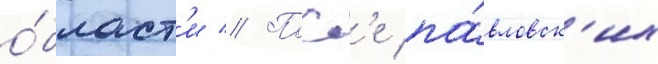
о́бласт'и // Посл'е па́вловск'их